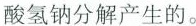
酸氢钠分解产生的。